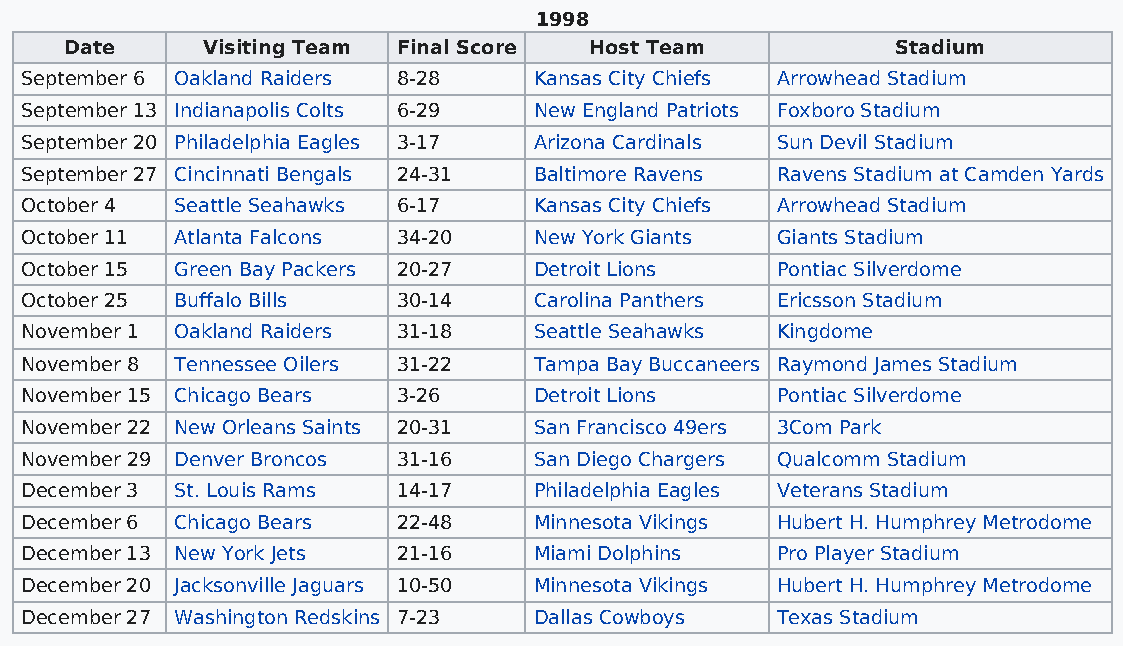
1998
 Date     Visiting Team Final Score Host Team           Stadium
 September 6 Oakland Raiders 8-28  Kansas City Chiefs Arrowhead Stadium
 September 13 Indianapolis Colts 6-29 New England Patriots Foxboro Stadium
 September 20 Philadelphia Eagles 3-17 Arizona Cardinals Sun Devil Stadium
 September 27 Cincinnati Bengals 24-31 Baltimore Ravens Ravens Stadium at Camden Yards
 October 4  Seattle Seahawks 6-17  Kansas City Chiefs Arrowhead Stadium
 October 11 Atlanta Falcons 34-20  New York Giants Giants Stadium
 October 15 Green Bay Packers 20-27 Detroit Lions  Pontiac Silverdome
 October 25 Buffalo Bills 30-14    Carolina Panthers Ericsson Stadium
 November 1 Oakland Raiders 31-18  Seattle Seahawks Kingdome
 November 8 Tennessee Oilers 31-22 Tampa Bay Buccaneers Raymond James Stadium
 November 15 Chicago Bears 3-26    Detroit Lions   Pontiac Silverdome
 November 22 New Orleans Saints 20-31 San Francisco 49ers 3Com Park
 November 29 Denver Broncos 31-16  San Diego Chargers Qualcomm Stadium
 December 3 St. Louis Rams 14-17   Philadelphia Eagles Veterans Stadium
 December 6 Chicago Bears 22-48    Minnesota Vikings Hubert H. Humphrey Metrodome
 December 13 New York Jets 21-16   Miami Dolphins  Pro Player Stadium
 December 20 Jacksonville Jaguars 10-50 Minnesota Vikings Hubert H. Humphrey Metrodome
 December 27 Washington Redskins 7-23 Dallas Cowboys Texas Stadium